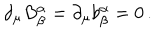
LaTeX: \partial _ { \mu } B _ { \beta } ^ { \alpha } = \partial _ { \mu } b _ { \beta } ^ { \alpha } = 0 \, .